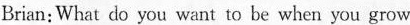
Brian:What do you want to be when you grow